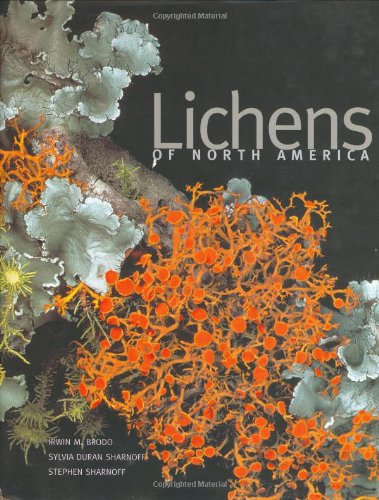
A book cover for Lichens of North America; Irwin M. Brodo; Science & Math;